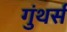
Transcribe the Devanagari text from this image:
गुंथर्स